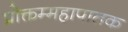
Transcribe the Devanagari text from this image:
प्रोक्तम्महापातक